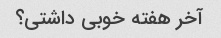
آخر هفته خوبی داشتی؟